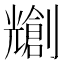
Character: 𫤤